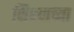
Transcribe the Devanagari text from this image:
शिश्याच्या